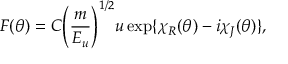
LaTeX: F ( \theta ) = C { \left( \frac { m } { E _ { u } } \right) } ^ { 1 / 2 } u \exp \{ \chi _ { R } ( \theta ) - i \chi _ { J } ( \theta ) \} ,